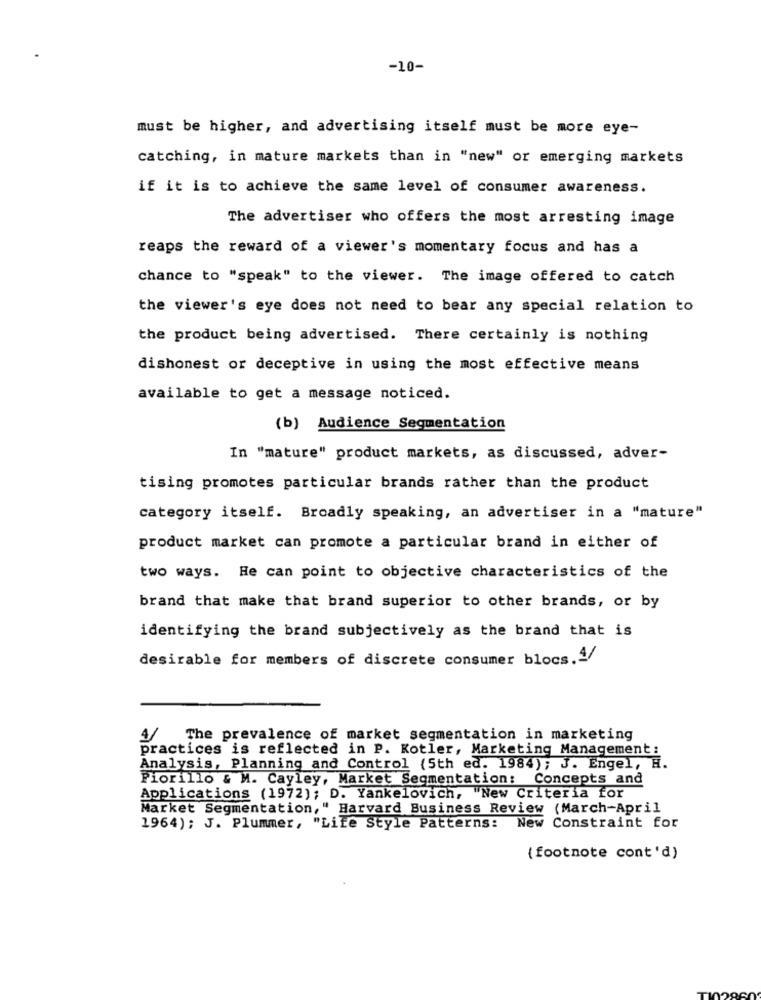
-10-
must be higher, and advertising itself must be more eye-
catching, in mature markets than in "new" or emerging markets
if it is to achieve the same level of consumer awareness.
The advertiser who offers the most arresting image
reaps the reward of a viewer's momentary focus and has a
chance to "speak" to the viewer. The image offered to catch
the viewer's eye does not need to bear any special relation to
the product being advertised. There certainly is nothing
dishonest or deceptive in using the most effective means
available to get a message noticed.
(b) Audience Segmentation
In "mature" product markets, as discussed, adver-
tising promotes particular brands rather than the product
category itself. Broadly speaking, an advertiser in a "mature"
product market can promote a particular brand in either of
two ways. He can point to objective characteristics of the
brand that make that brand superior to other brands, or by
identifying the brand subjectively as the brand that is
desirable for members of discrete consumer blocs.4/
4/ The prevalence of market segmentation in marketing
practices is reflected in P. Kotler, Marketing Management :
Analysis, Planning and Control (5th ed. 1984); J. Engel, H.
Piorillo & M. Cayley, Market Segmentation: Concepts and
Applications (1972); D. Yankelovich, "New Criteria for
Market Segmentation," Harvard Business Review (March-April
1964); J. Plummer, "Life Style Patterns: New Constraint for
{ footnote cont'd)